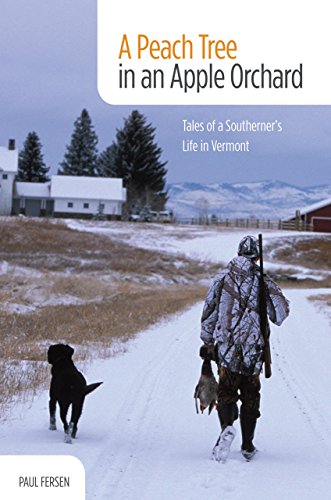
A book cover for A Peach Tree in an Apple Orchard: Tales of a Southerner's Life in Vermont; Paul Fersen; Humor & Entertainment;